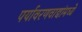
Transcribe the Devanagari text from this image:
पर्यावरणवाद्यांमध्ये